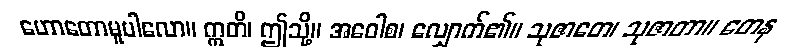
ဟောတောမူပါလော။ ဣတိ၊ ဤသို့။ အဝေါစ၊ လျှောက်၏။ သုဇာတေ၊ သုဇာတာ။ တေန